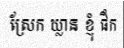
ស្រែក ឃ្លាន ខ្ញុំ ផឹក